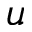
u